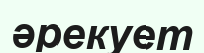
әрекует